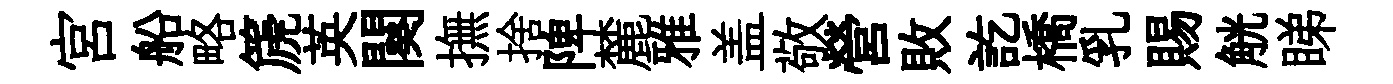
宮船略篪英闋撫捨陴麓雅盖敬營敗訖橋乳賜觥睇